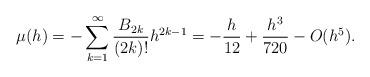
LaTeX: \begin{align*}\mu(h) = -\sum_{k=1}^\infty \frac{B_{2k}}{(2k)!} h^{2k-1} = -\frac{h}{12} + \frac{h^3}{720} - O(h^5).\end{align*}